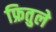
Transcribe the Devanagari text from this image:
फ्रितुले